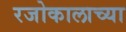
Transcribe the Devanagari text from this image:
रजोकालाच्या